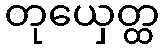
တုယှေတ္ထ